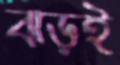
ঝড়ই